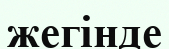
жегінде